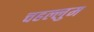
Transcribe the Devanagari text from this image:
चहल्लुम